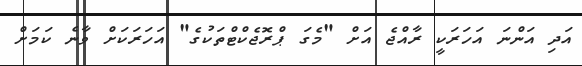
އަދި އަންނަ އަހަރަކީ ރާއްޖެ އަށް "މެގަ ޕްރޮޖެކްޓްތަކުގެ" އަހަރަކަށް ވާނެ ކަމަށް